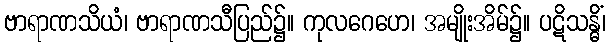
ဗာရာဏသိယံ၊ ဗာရာဏသီပြည်၌။ ကုလဂေဟေ၊ အမျိုးအိမ်၌။ ပဋိသန္ဓိံ၊